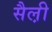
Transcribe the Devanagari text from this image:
सैल़ी